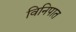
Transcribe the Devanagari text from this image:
विनिपात